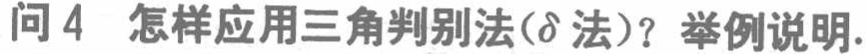
问 4 怎样应用三角判别法($\delta$ 法)？举例说明.